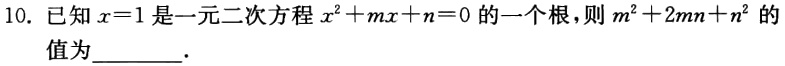
10. 已知\(x = 1\)是一元二次方程\(x^{2}+mx + n = 0\)的一个根，则\(m^{2}+2mn + n^{2}\)的值为________.